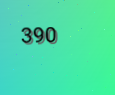
390